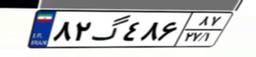
۸۲گ۴۸۶۸۷